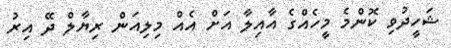
ޝަހީދުވި ކޮންމެ މީހެއްގެ އާއިލާ އަށް އެއް މިލިއަން ރިޔާލް ދޭ އިރު